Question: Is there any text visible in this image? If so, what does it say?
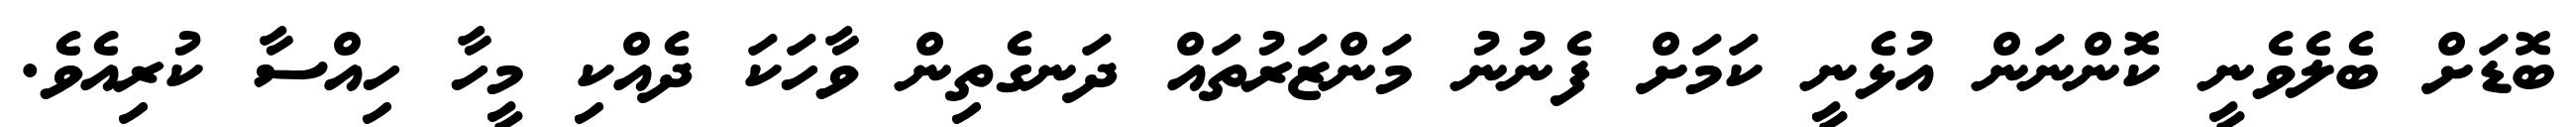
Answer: ބޮޑަށް ބެލެވެނީ ކޮންނަން އުޅެނީ ކަމަށް ފެނުނު މަންޒަރުތައް ދަނގެތިން ވާހަކަ ދެއްކި މީހާ ހިއްސާ ކުރިއެވެ.